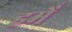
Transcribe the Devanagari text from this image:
हमेँ